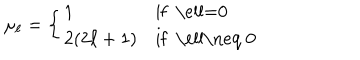
\mu _ { \ell } = \left\{ \begin{array} { l l } { { 1 } } & { { \mathrm { i f ~ \ell = 0 ~ } } } \\ { { 2 ( 2 \ell + 1 ) } } & { { \mathrm { i f ~ \ell \neq ~ 0 ~ } } } \\ \end{array} \right. \nonumber